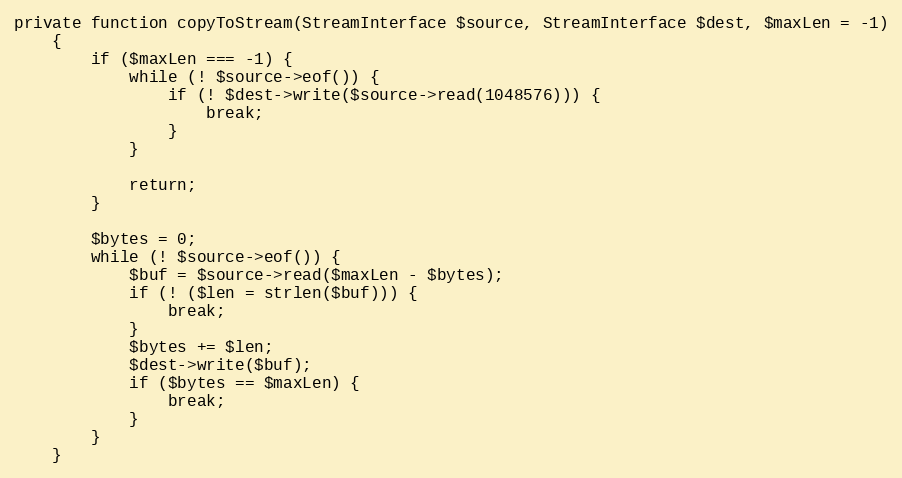
Language: PHP
private function copyToStream(StreamInterface $source, StreamInterface $dest, $maxLen = -1)
    {
        if ($maxLen === -1) {
            while (! $source->eof()) {
                if (! $dest->write($source->read(1048576))) {
                    break;
                }
            }

            return;
        }

        $bytes = 0;
        while (! $source->eof()) {
            $buf = $source->read($maxLen - $bytes);
            if (! ($len = strlen($buf))) {
                break;
            }
            $bytes += $len;
            $dest->write($buf);
            if ($bytes == $maxLen) {
                break;
            }
        }
    }